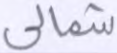
شمالي